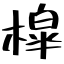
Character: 槹